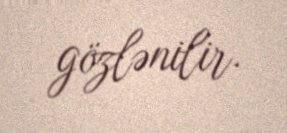
gözlənilir.